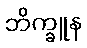
ဘိက္ခူန